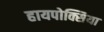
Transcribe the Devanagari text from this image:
हायपोक्सिया